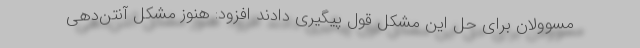
مسوولان برای حل این مشکل قول پیگیری دادند افزود: هنوز مشکل آنتن‌دهی